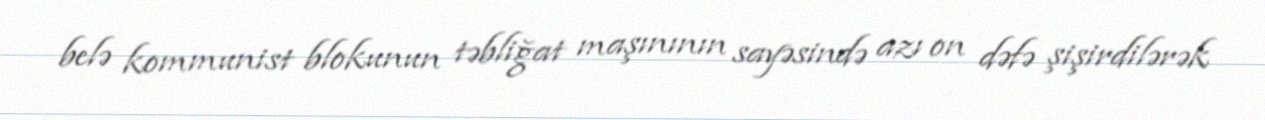
belə kommunist blokunun təbliğat maşınının sayəsində azı on dəfə şişirdilərək